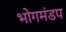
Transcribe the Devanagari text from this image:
भोगमंडप